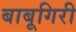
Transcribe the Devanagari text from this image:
बाबूगिरी